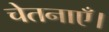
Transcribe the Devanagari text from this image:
चेतनाएँ।